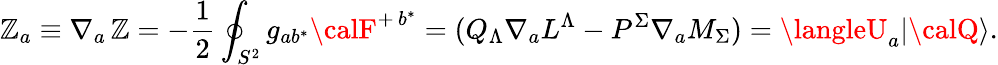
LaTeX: \mathbb{Z}_{a}\equiv\nabla_{a}\, \mathbb{Z}=-{\frac{{1}}{{2}}}\oint_{S^{2}}g_{ab^{*}}{\calF}^{+\, b^{*}}=(Q_{\Lambda}\nabla_{a}L^{\Lambda}-P^{\Sigma}\nabla_{a}M_{\Sigma})=\langleU_{a}|{\calQ}\rangle.